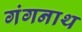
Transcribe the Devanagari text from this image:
गंगनाथ